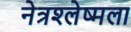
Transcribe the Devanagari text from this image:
नेत्रश्‍लेष्मला